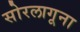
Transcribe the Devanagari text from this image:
सोरलागूना